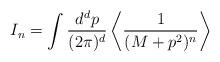
LaTeX: \begin{align*}I_n= \int\frac{d^dp}{(2\pi)^d}\left\langle \frac{1}{(M+p^2)^n}\right\rangle\end{align*}